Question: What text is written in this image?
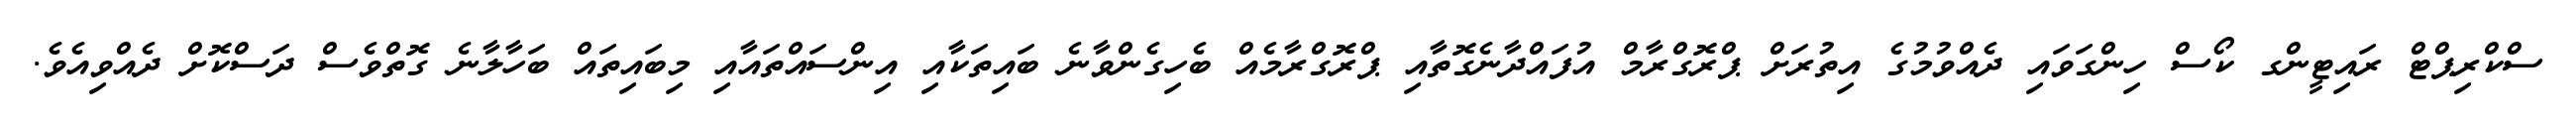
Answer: ސްކްރިޕްޓް ރައިޓީންގ ކޯސް ހިންގަވައި ދެއްވުމުގެ އިތުރަށް ޕްރޮގްރާމް އުފައްދާނެގޮތާއި ޕްރޮގްރާމެއް ބެހިގެންވާނެ ބައިތަކާއި އިންސައްތައާއި މިބައިތައް ބަހާލާނެ ގޮތްވެސް ދަސްކޮށް ދެއްވިއެވެ.